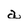
Character: a